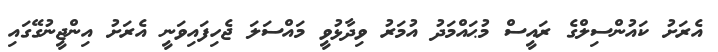
އެރަށު ކައުންސިލްގެ ރައީސް މުޙައްމަދު އުމަރު ވިދާޅުވީ މައްސަލަ ޖެހިފައިވަނީ އެރަށު އިންޖީނުގޭގައި